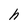
Character: h